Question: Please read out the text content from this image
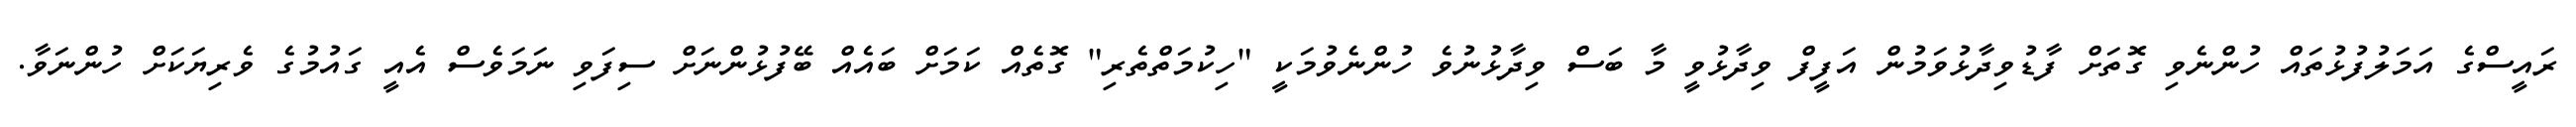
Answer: ރައީސްގެ އަމަލުފުޅުތައް ހުންނެވި ގޮތަށް ފާޑުވިދާޅުވަމުން އަފީފް ވިދާޅުވީ މާ ބަސް ވިދާޅުނުވެ ހުންނެވުމަކީ "ހިކުމަތްތެރި" ގޮތެއް ކަމަށް ބައެއް ބޭފުޅުންނަށް ސިފަވި ނަމަވެސް އެއީ ގައުމުގެ ވެރިޔަކަށް ހުންނަވާ.